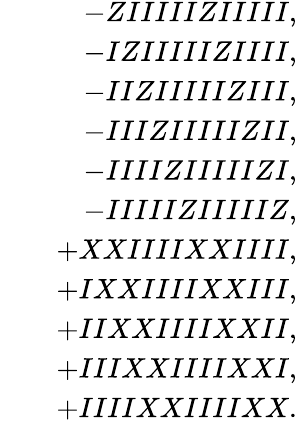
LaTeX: \begin{array}{rlr}&{}&{-ZIIIIIZIIIII,}\\ &{}&{-IZIIIIIZIIII,}\\ &{}&{-IIZIIIIIZIII,}\\ &{}&{-IIIZIIIIIZII,}\\ &{}&{-IIIIZIIIIIZI,}\\ &{}&{-IIIIIZIIIIIZ,}\\ &{}&{+XXIIIIXXIIII,}\\ &{}&{+IXXIIIIXXIII,}\\ &{}&{+IIXXIIIIXXII,}\\ &{}&{+IIIXXIIIIXXI,}\\ &{}&{+IIIIXXIIIIXX.}\end{array}